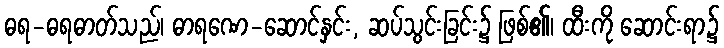
ဓရ-ဓရဓာတ်သည်၊ ဓာရဏေ-ဆောင်နှင်း, ဆပ်သွင်းခြင်း၌ ဖြစ်၏၊ ထီးကို ဆောင်းရာ၌